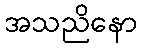
အသညိနော